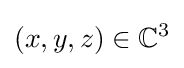
(x,y,z)\in \mathbb {C} ^{3}